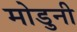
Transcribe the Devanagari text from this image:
मोडुनी